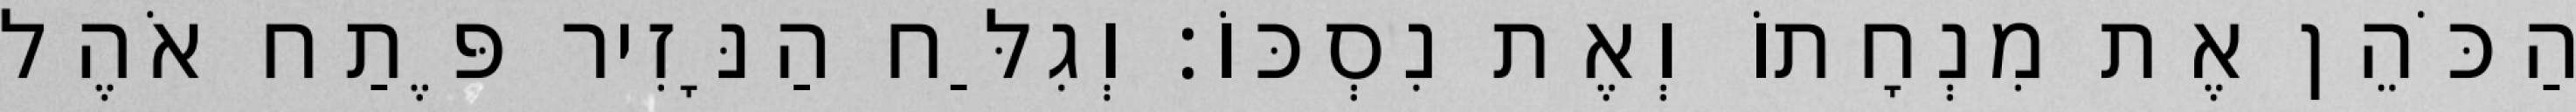
הַכֹּהֵן אֶת מִנְחָתוֹ וְאֶת נִסְכּוֹ׃ וְגִלַּח הַנָּזִיר פֶּתַח אֹהֶל